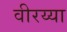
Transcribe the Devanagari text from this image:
वीरय्या